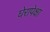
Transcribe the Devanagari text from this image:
घेरापेक्षा